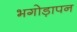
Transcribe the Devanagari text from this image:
भगोड़ापन